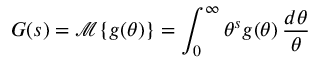
G ( s ) = { \mathcal { M } } \{ g ( \theta ) \} = \int _ { 0 } ^ { \infty } \theta ^ { s } g ( \theta ) \, { \frac { d \theta } { \theta } }